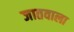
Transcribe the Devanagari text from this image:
जातवाला